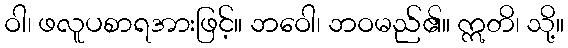
ဝါ၊ ဖလူပစာရအားဖြင့်။ ဘဝေါ၊ ဘဝမည်၏။ ဣတိ၊ သို့။